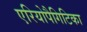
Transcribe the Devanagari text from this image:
एरियोपैगिटिका